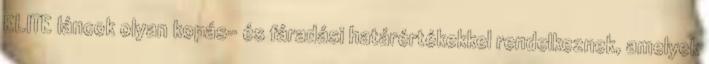
ELITE láncok olyan kopás- és fáradási határértékekkel rendelkeznek, amelyek